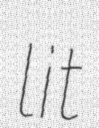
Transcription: lit